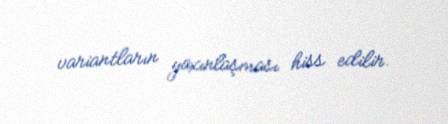
variantların yaxınlaşması hiss edilir.